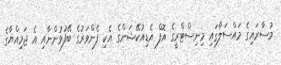
މުސާރައިގެ މައްސަލާގައި މިނިސްޓްރީގެ އޮފް އެޑިއުކޭޝަންގެ އެކި ފެންވަރުގެ ބޭފުޅުންނާއި އެ ޖަމިއްޔާގެ